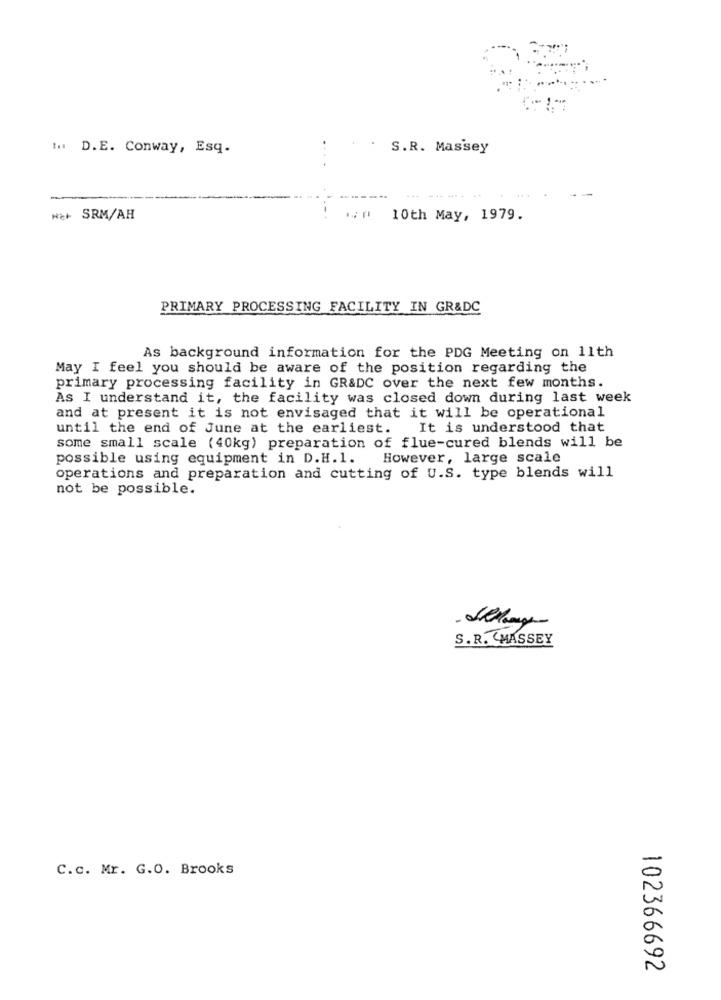
1. D.E. Conway, Esq.
S.R. Massey
Her SRM/AH
10th May, 1979.
PRIMARY PROCESSING FACILITY IN GR&DC
As background information for the PDG Meeting on 11th
May I feel you should be aware of the position regarding the
primary processing facility in GR&DC over the next few months.
As I understand it, the facility was closed down during last week
and at present it is not envisaged that it will be operational
until the end of June at the earliest. It is understood that
some small scale (40kg) preparation of flue-cured blends will be
possible using equipment in D.H.1. However, large scale
operations and preparation and cutting of U.S. type blends will
not be possible.
S.R. CMASSEY
C.c. Mr. G.O. Brooks
102366692